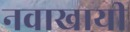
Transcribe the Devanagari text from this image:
नवाखायी